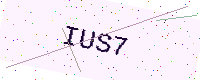
Text: IUS7